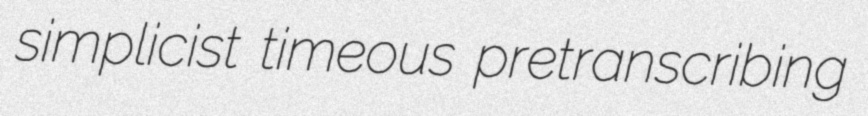
simplicist timeous pretranscribing